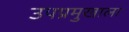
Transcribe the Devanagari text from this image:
उपप्रमुखाला